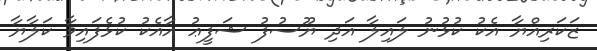
ޒަކަރިއްޔާ އެކު ކުޅުނު ލައިލާ އަދި ޔޫސުފު ޝަފީޢު އާއެކު ކުޅެފައިވާ ކަލާޔާ